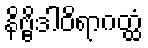
နိဗ္ဗိဒါဝိရာဂတ္ထံ